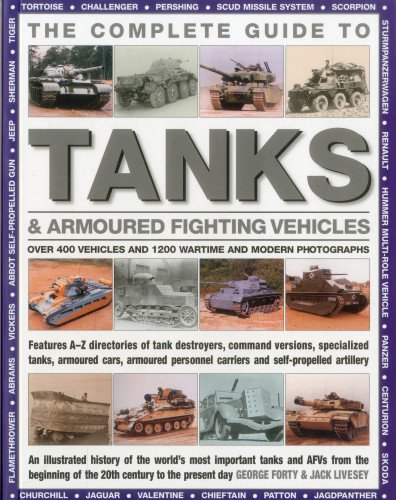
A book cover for The Complete Guide To Tanks & Armored Fighting Vehicles: Over 400 vehicles and 1200 wartime and modern photographs; George Forty; History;